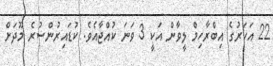
22 އަހަރުގެ އިބްރާހިމް ލީވާން އަކީ 3 ވަނަ ކުއްޖާއެވެ. ކުޑައިރުންސުރެ މޫދަށް